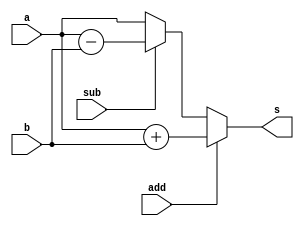
module add_sub (a, b, s, add, sub);
  input [4:0] a, b;
  input add, sub;
  wire co;
  output [4:0] s;

  assign s = add ? (a + b) :
	     sub ? (a - b) :
	     a;

endmodule